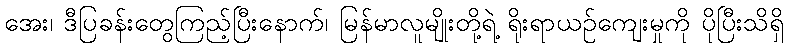
အေး၊ ဒီပြခန်းတွေကြည့်ပြီးနောက်၊ မြန်မာလူမျိုးတို့ရဲ့ ရိုးရာယဉ်ကျေးမှုကို ပိုပြီးသိရှိ